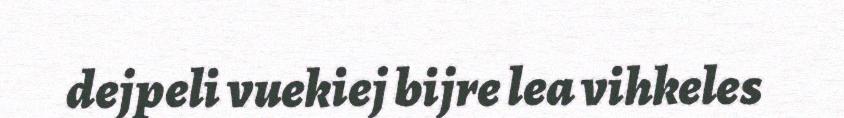
dejpeli vuekiej bijre lea vihkeles